Problem: 45 - 39 = ?
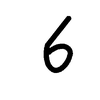
Handwritten answer: 6